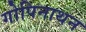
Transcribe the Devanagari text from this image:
गोपिनाथन